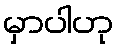
မှာပါဟု